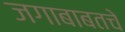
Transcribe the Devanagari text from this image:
जगाबाबतचे